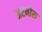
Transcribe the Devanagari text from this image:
अष्टमीस